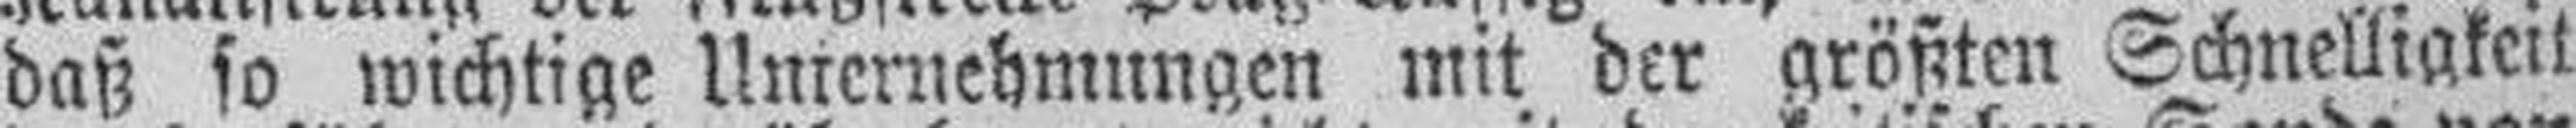
daß so wichtige Unternehmungen mit der größten Schnelligkeit